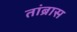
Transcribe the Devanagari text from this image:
तांब्रास